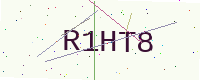
Text: R1HT8